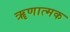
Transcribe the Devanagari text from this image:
ॠणात्मक